Report of the King Institute of Preventive Medicine, Guindy
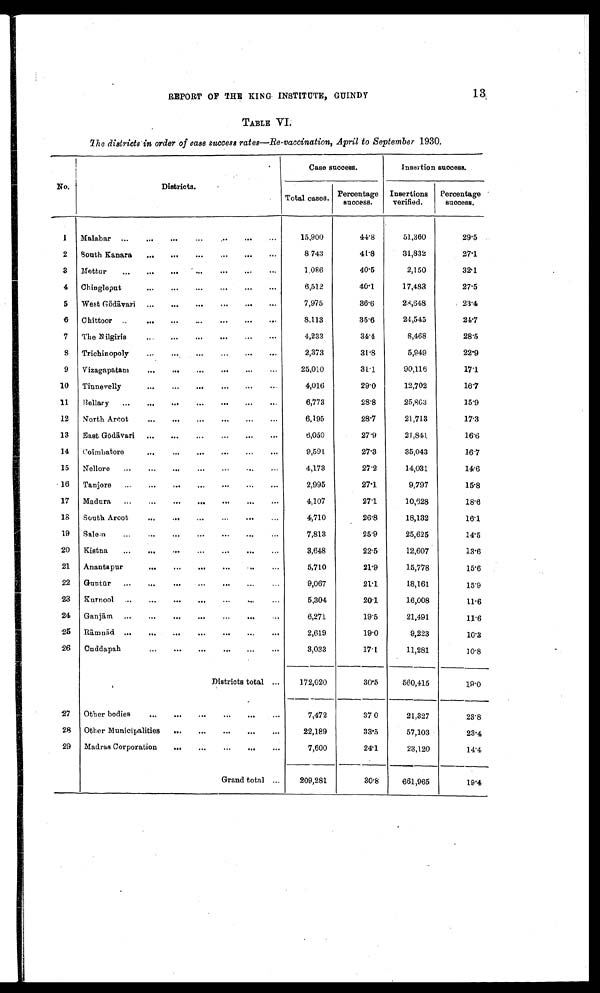
REPORT OF THE KING INSTITUTE, GUINDY
1 3
TABLE
The disdricts in order of case success rates-Re-vaccination, April to September 1930.
No.
Districts .
Case success.
Insertion success.
Total cases.
Percentage
success.
Insertions
verified.
Percentage
success.
1
Malabar
15,900
44•8
51,360
29•5
2
South Kanara
8•743
41•8
31,832
27•1
3
Mettur
1.086
40•5
2,150
32•1
4 Chingleput
6,512
40•1
17,483
27•5
5
West Gōdāvari
7,975
36•6
28,648
23•4
6
Chittoor
8.113
35•6
24,545
24•7
7
The Nilgiris
4,233
34•4
8,468
28•5
8
Trichinopoly
2,373
31•8
5,949
22•9
9
Vizagapatam
25,010
31•1
90,116
17•1
10
Tinnevelly
4,016
29.0
12,702
16•7
11
Bellary
6,773
28•8
25,803
15•9
12
North Arcot
6,195
28•7
21,713
17•3
13
East Gōdā vari
6,050
27•9
21,841
16•6
14
Coimbatore
9,591.
27•3
35,043
16•7
15
Nellore
4,173
27•2
14,031
14•6
16
Tanjore
2,995
27•1
9,797
15•8
17
Madura
4,107
27•1
10,628
18•6
18
South Arcot
4,710
26•8
18,132
16•1
19
Salem
7,813
25•9
25,625
14•5
20
Kistna
3,648
22•5
12,607
13•6
21
Anantapur
5,710
21•9
15,778
15•6
22
Guntū r
9,067
21•1
18,161
15•9
23
Kurnool
5,304
20•1
16,008
11•6
24
Ganjā m
6,271
19•5
21,491
11•6
2 5
Ramnad
2,619
19•0
9,223
10•3
26
Cuddapah
3,033
17•1
11,281
10•8
Districts total
172,020
30•5
560,415
19•0
27
Other bodies
7,472
37 0
21.327
23•8
28
Other Municipalities
22,189
33•5
57,103
23•4
29
Madras Corporation
7,600
24•1
23,120
14•4
Grand total
209,281
30•8
661,965
19•4